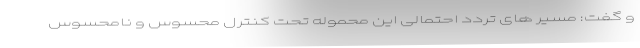
و گفت: مسیر های تردد احتمالی این محموله تحت کنترل محسوس و نامحسوس